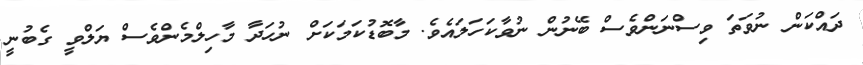
ދައްކަން ނުވަތަ ވިސްނަންވެސް ބޭނުން ނުވާކަހަލައެވެ. މާބޮޑުކަމަކަށް ނުހަދާ މާހިލްމެންވެސް ޔަލްވީ ގެބުނީ